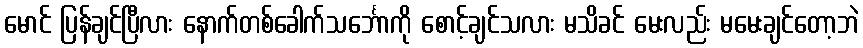
မောင် ပြန်ချင်ပြီလား နောက်တစ်ခေါက်သင်္ဘောကို စောင့်ချင်သလား မသိခင် မေးလည်း မမေးချင်တော့ဘဲ